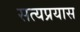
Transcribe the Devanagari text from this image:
सत्यप्रयास